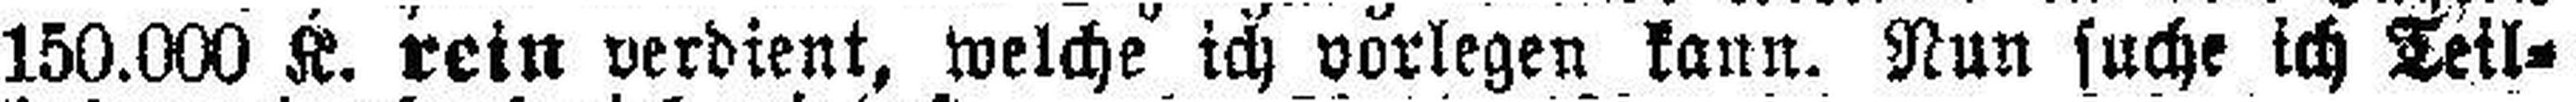
150.000 K. rein verdient, welche ich vorlegen kann. Nun suche ich Teil¬